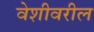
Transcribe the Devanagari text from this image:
वेशीवरील